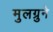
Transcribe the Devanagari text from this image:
मुलग्रुने